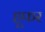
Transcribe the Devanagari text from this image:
हूफर